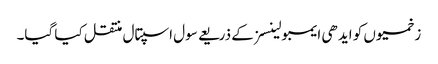
زخمیوں کو ایدھی ایمبولینسز کے ذریعے سول اسپتال منتقل کیا گیا۔